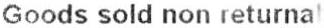
GOODS SOLD NON RETURNAB